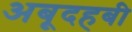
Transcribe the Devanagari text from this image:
अबूदहबी